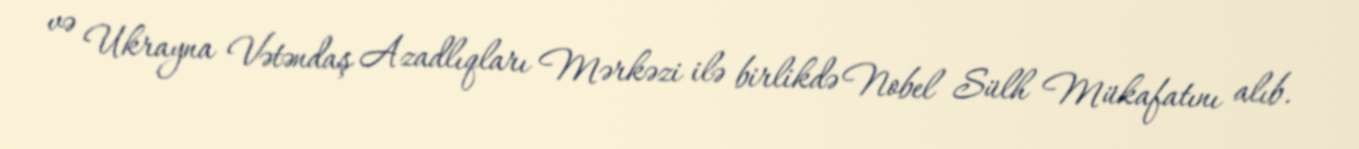
və Ukrayna Vətəndaş Azadlıqları Mərkəzi ilə birlikdə Nobel Sülh Mükafatını alıb.